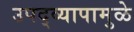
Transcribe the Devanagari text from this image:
उपद्‌व्यापामुळे